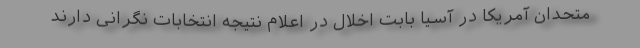
متحدان آمریکا در آسیا بابت اخلال در اعلام نتیجه انتخابات نگرانی دارند